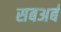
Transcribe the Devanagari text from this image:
सबअर्ब